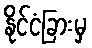
နိုင်ငံခြားမှ